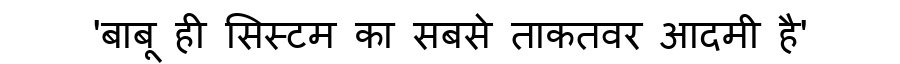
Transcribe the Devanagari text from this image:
'बाबू ही सिस्टम का सबसे ताकतवर आदमी है'